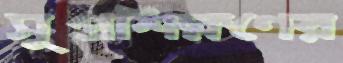
সুপ্রশিক্ষণের